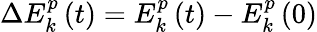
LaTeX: \Delta E_{k}^{p}\left(t\right)=E_{k}^{p}\left(t\right)-E_{k}^{p}\left(0\right)